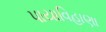
પાયાવિહાણા